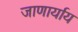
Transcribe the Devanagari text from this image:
जाणार्याय